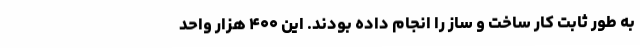
به طور ثابت کار ساخت و ساز را انجام داده بودند. این ۴۰۰ هزار واحد